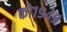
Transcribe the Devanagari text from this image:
को१९४९